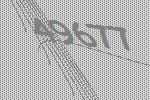
49677